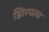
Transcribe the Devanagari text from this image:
झिरपत्या